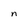
Character: n